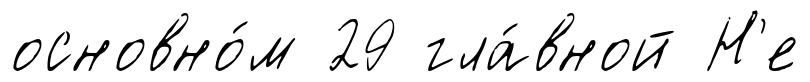
основно́м 29 гла́вной Н'е